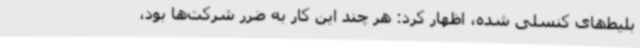
بلیط‌های کنسلی شده، اظهار کرد: هر چند این کار به ضرر شرکت‌ها بود،